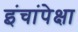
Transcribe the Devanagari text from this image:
इंचांपेक्षा